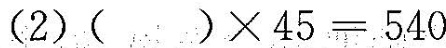
(2)$$( )×45=540$$